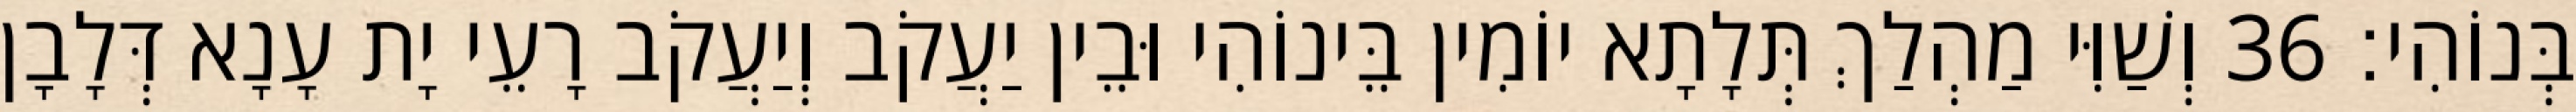
בְּנוֹהִי׃ 36 וְשַׁוִּי מַהְלַךְ תְּלָתָא יוֹמִין בֵּינוֹהִי וּבֵין יַעֲקֹב וְיַעֲקֹב רָעֵי יָת עָנָא דְּלָבָן